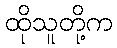
ထိုသူတို့က